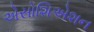
એસોશિએશન